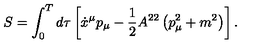
S = \int _ { 0 } ^ { T } d \tau \left[ \dot { x } ^ { \mu } p _ { \mu } - \frac 1 2 A ^ { 2 2 } \left( p _ { \mu } ^ { 2 } + m ^ { 2 } \right) \right] .